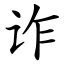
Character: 诈